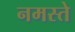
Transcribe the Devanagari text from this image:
नमस्‍ते